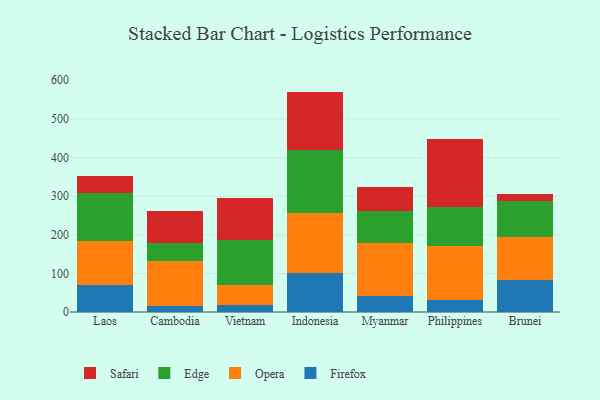
{"axis": {"x": "Country", "y": "Inventory Turnover"}, "legend": ["Edge", "Firefox", "Opera", "Safari"], "data": [{"x": "Laos", "y": 70.9, "type": "Firefox"}, {"x": "Laos", "y": 112.3, "type": "Opera"}, {"x": "Laos", "y": 125.3, "type": "Edge"}, {"x": "Laos", "y": 44.3, "type": "Safari"}, {"x": "Cambodia", "y": 15.9, "type": "Firefox"}, {"x": "Cambodia", "y": 115.8, "type": "Opera"}, {"x": "Cambodia", "y": 47.4, "type": "Edge"}, {"x": "Cambodia", "y": 83.0, "type": "Safari"}, {"x": "Vietnam", "y": 18.7, "type": "Firefox"}, {"x": "Vietnam", "y": 50.1, "type": "Opera"}, {"x": "Vietnam", "y": 117.6, "type": "Edge"}, {"x": "Vietnam", "y": 110.0, "type": "Safari"}, {"x": "Indonesia", "y": 100.3, "type": "Firefox"}, {"x": "Indonesia", "y": 156.2, "type": "Opera"}, {"x": "Indonesia", "y": 162.0, "type": "Edge"}, {"x": "Indonesia", "y": 152.2, "type": "Safari"}, {"x": "Myanmar", "y": 40.2, "type": "Firefox"}, {"x": "Myanmar", "y": 139.7, "type": "Opera"}, {"x": "Myanmar", "y": 81.8, "type": "Edge"}, {"x": "Myanmar", "y": 61.2, "type": "Safari"}, {"x": "Philippines", "y": 30.3, "type": "Firefox"}, {"x": "Philippines", "y": 140.7, "type": "Opera"}, {"x": "Philippines", "y": 100.5, "type": "Edge"}, {"x": "Philippines", "y": 175.7, "type": "Safari"}, {"x": "Brunei", "y": 82.4, "type": "Firefox"}, {"x": "Brunei", "y": 113.0, "type": "Opera"}, {"x": "Brunei", "y": 93.2, "type": "Edge"}, {"x": "Brunei", "y": 16.2, "type": "Safari"}]}